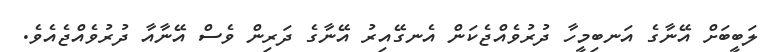
ލަބީބަށް އޭނާގެ އަނބިމީހާ ދުރުވެއްޖެކަން އެނގޭއިރު އޭނާގެ ދަރިން ވެސް އޭނާއާ ދުރުވެއްޖެއެވެ.